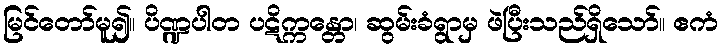
မြင်တော်မူ၍။ ပိဏ္ဍပါတ ပဋိက္ကန္တော၊ ဆွမ်းခံရွာမှ ဖဲပြီးသည်ရှိသော်။ ဧကံ